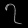
Digit: ၇